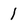
Character: 1